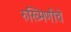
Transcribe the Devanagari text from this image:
रुख्मिणीचे